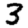
Digit: 3